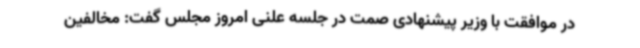
در موافقت با وزیر پیشنهادی صمت در جلسه علنی امروز مجلس گفت: مخالفین